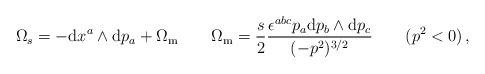
LaTeX: \begin{align*}\Omega_s=-{\rm d}x^a\wedge{\rm d}p_a+\Omega_{\rm m}\qquad\Omega_{\rm m}=\frac{s}2\frac{\epsilon^{abc}p_a{\rm d}p_b\wedge{\rm d}p_c}{(-p^2)^{3/2}}\qquad(p^2<0)\,,\end{align*}